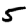
Digit: 5